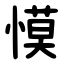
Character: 慔